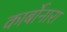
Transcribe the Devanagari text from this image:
कार्बोनारा